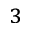
^ { 3 }